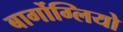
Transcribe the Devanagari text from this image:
बार्गोग्लियो